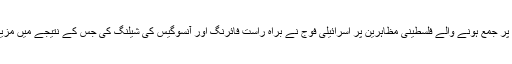
مرکز اطلاعات) فلسطین کے علاقے غزہ کی پٹی کی مشرقی سرحد پر جمع ہونے والے فلسطینی مظاہرین پر اسرائیلی فوج نے براہ راست فائرنگ اور آنسوگیس کی شیلنگ کی جس کے نتیجے میں مزید ایک فلسطینی شہری شہید اور ایک ہزار کے قریب زخمی ہوگئے۔